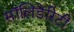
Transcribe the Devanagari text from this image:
सॉलिडेरिटी